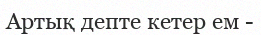
Артық депте кетер ем -